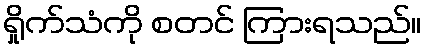
ရှိုက်သံကို စတင် ကြားရသည်။